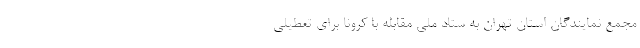
مجمع نمایندگان استان تهران به ستاد ملی مقابله با کرونا برای تعطیلی